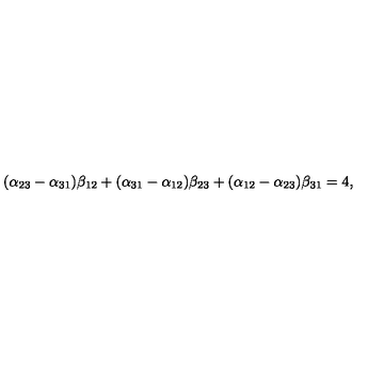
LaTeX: ( \alpha _ { 2 3 } - \alpha _ { 3 1 } ) \beta _ { 1 2 } + ( \alpha _ { 3 1 } - \alpha _ { 1 2 } ) \beta _ { 2 3 } + ( \alpha _ { 1 2 } - \alpha _ { 2 3 } ) \beta _ { 3 1 } = 4 ,